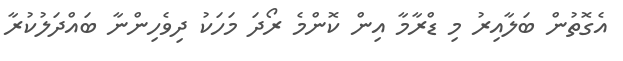
އެގޮތުން ބަލާއިރު މި ޑްރާމާ އިން ކޮންމެ ރޯދަ މަހަކު ދިވެހިންނާ ބައްދަލުކުރާ